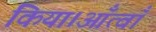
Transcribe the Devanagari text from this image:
किया।आँत्वाँ